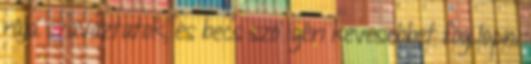
rája szavaztatok, és becs szó ígéri kevesebbet fog lopni